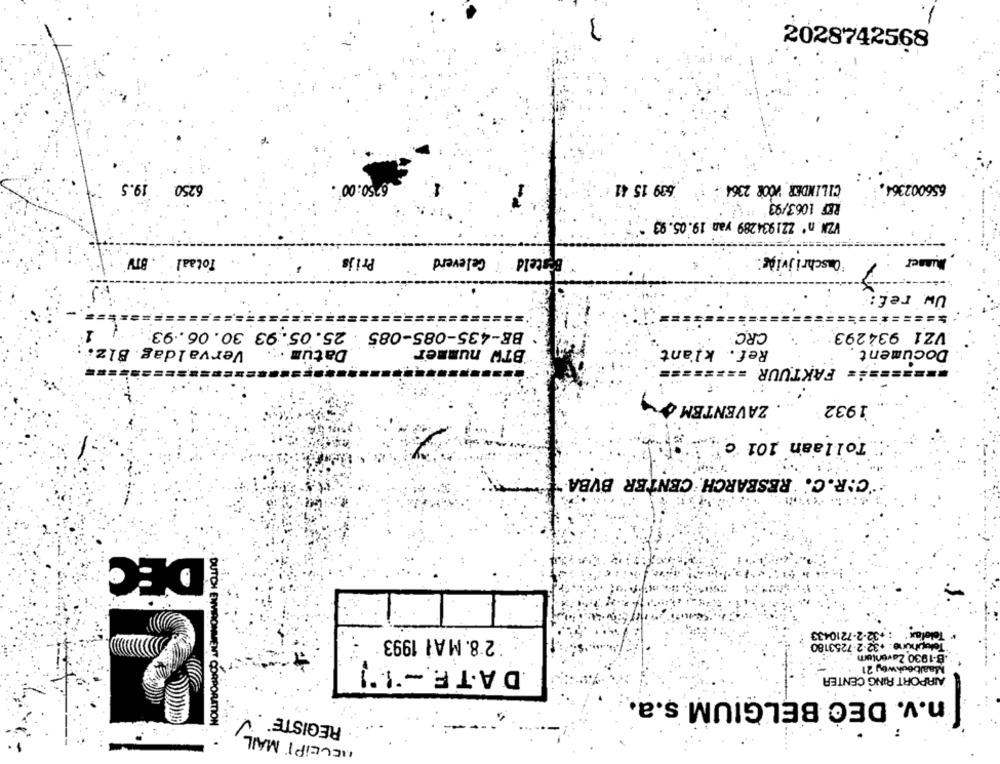
2028742568
6250 19.5
639 15 41
656002364.
00
CILINDER VOOR 2364
REF 1063/93
VZN. nº ZZ1934289 van 19.05.93
Totaal . . BTW
Prijs
Besteld i Geleverd
"Onschrijvišť
Busser
Uw ref:
====
==============
====
BE-435-085-085 . 25.05.93 30.06. 93.
CRC
VZ1 934293
Vervaldag. Blz
Datum ..
BTW nummer
Ref. klant
Document
===== FAKTUUR ======
ZAVENTEM
1932
Tollaan 101 ℃
C.R.C. RESEARCH CENTER BVBA
DEC
DUTCH ENMIR
: +32-2-7210433
Telefax
2 8. MAI 1993
Telephune. +32-2-7253180
B-1930 Zaventem
DATF. - "1")
Maalboukwey 21
AIRPORT RING CENTER
n.v. DEC BELGIUM s.a.
REGISTE*
MENT CORPORATION
RECEIPT MAIL